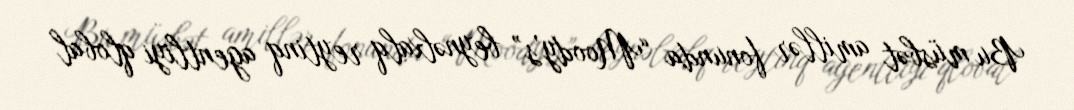
Bu müsbət amillər fonunda “Moody’s” beynəlxalq reytinq agentliyi qlobal